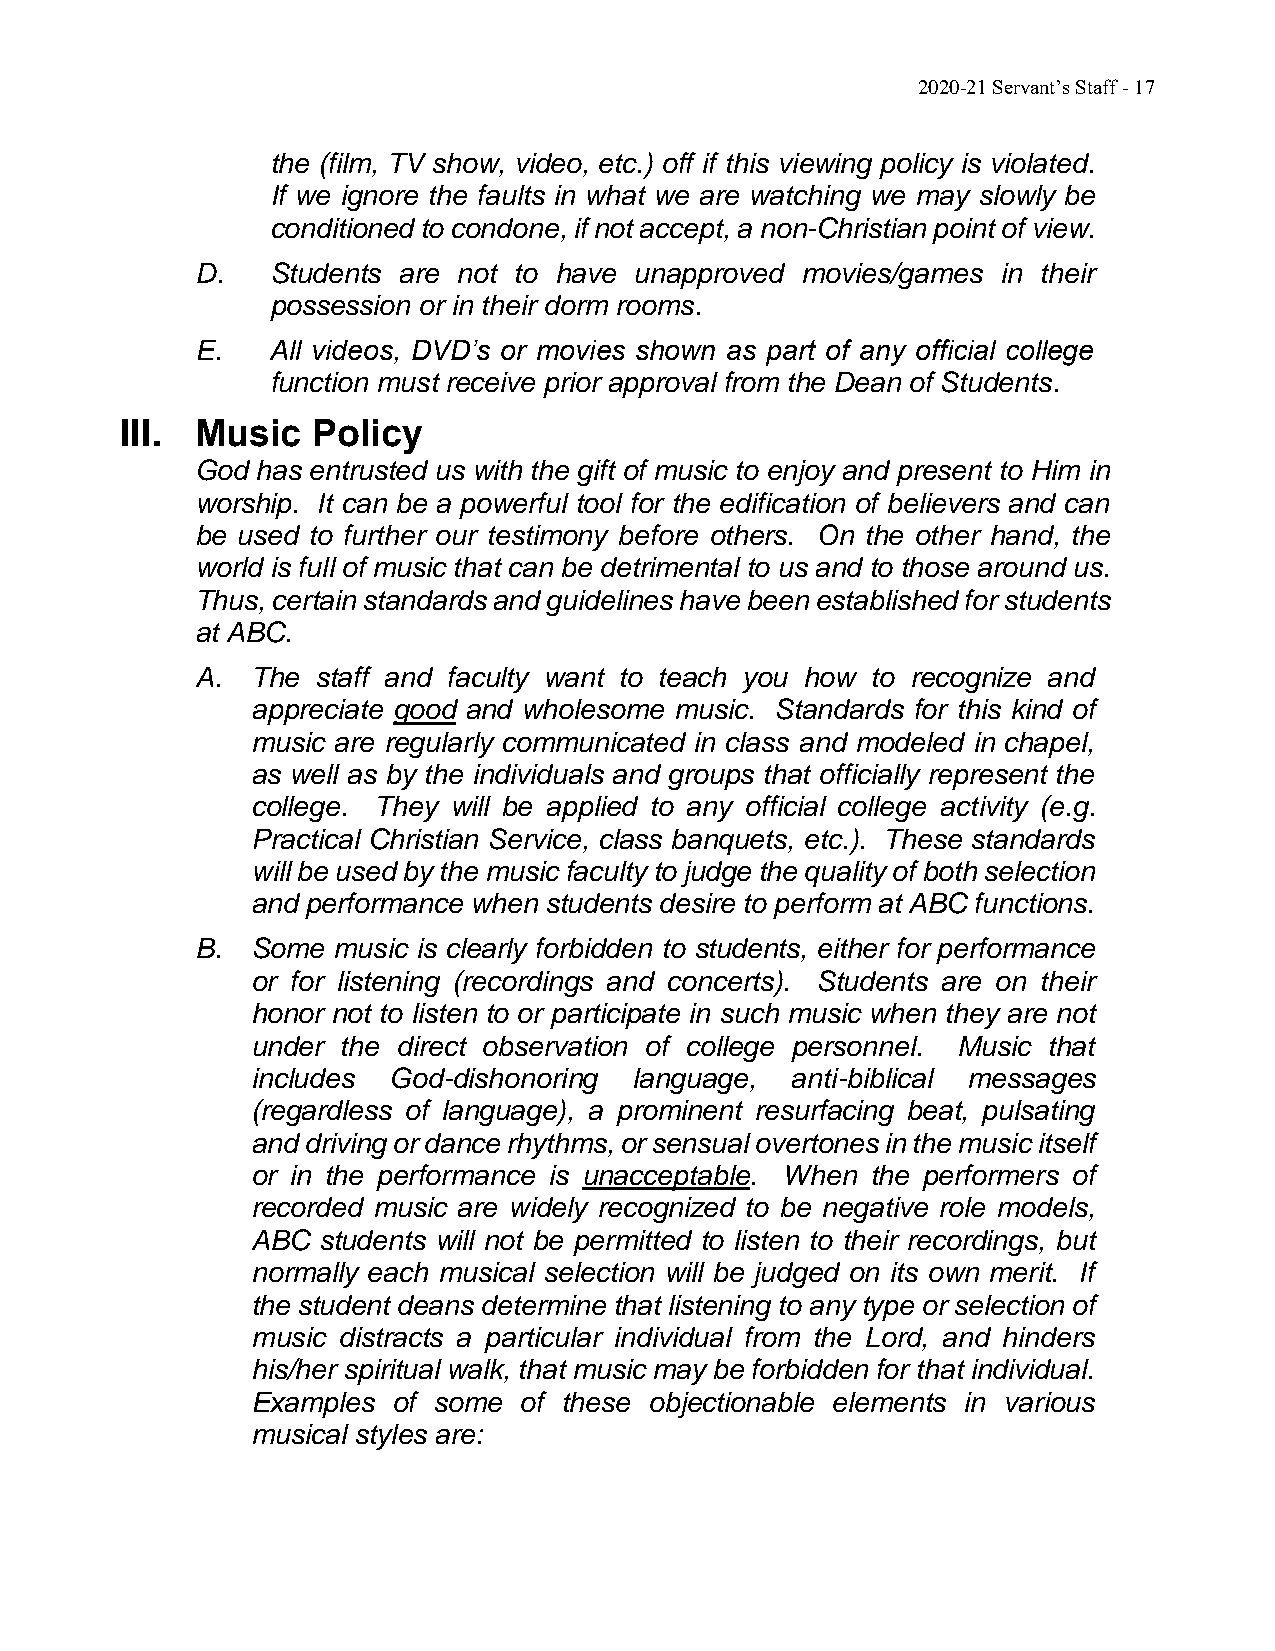
2020-21 Servant’s Staff - 17
 the (film, TV show, video, etc.) off if this viewing policy is violated.
 If we ignore the faults in what we are watching we may slowly be
 conditioned to condone, if not accept, a non-Christian point of view.
 D.   Students are not to have unapproved movies/games in their
 possession or in their dorm rooms.
 E.   All videos, DVD’s or movies shown as part of any official college
 function must receive prior approval from the Dean of Students.
 III. Music   Policy
 God has entrusted us with the gift of music to enjoy and present to Him in
 worship. It can be a powerful tool for the edification of believers and can
 be used to further our testimony before others. On the other hand, the
 world is full of music that can be detrimental to us and to those around us.
 Thus, certain standards and guidelines have been established for students
 at ABC.
 A.  The staff and faculty want to teach you how to recognize and
 appreciate good and wholesome music. Standards for this kind of
 music are regularly communicated in class and modeled in chapel,
 as well as by the individuals and groups that officially represent the
 college. They will be applied to any official college activity (e.g.
 Practical Christian Service, class banquets, etc.). These standards
 will be used by the music faculty to judge the quality of both selection
 and performance when students desire to perform at ABC functions.
 B.  Some music is clearly forbidden to students, either for performance
 or for listening (recordings and concerts). Students are on their
 honor not to listen to or participate in such music when they are not
 under the direct observation of college personnel. Music that
 includes God-dishonoring language, anti-biblical messages
 (regardless of language), a prominent resurfacing beat, pulsating
 and driving or dance rhythms, or sensual overtones in the music itself
 or in the performance is unacceptable. When the performers of
 recorded music are widely recognized to be negative role models,
 ABC students will not be permitted to listen to their recordings, but
 normally each musical selection will be judged on its own merit. If
 the student deans determine that listening to any type or selection of
 music distracts a particular individual from the Lord, and hinders
 his/her spiritual walk, that music may be forbidden for that individual.
 Examples of some of these objectionable elements in various
 musical styles are: